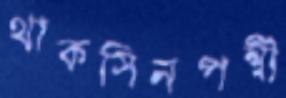
থাকসিনপন্থী